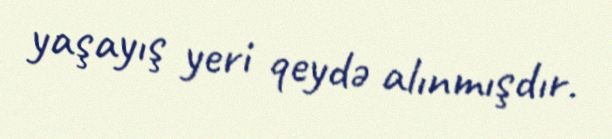
yaşayış yeri qeydə alınmışdır.